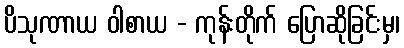
ပိသုဏာယ ဝါစာယ - ကုန်းတိုက် ပြောဆိုခြင်းမှ၊